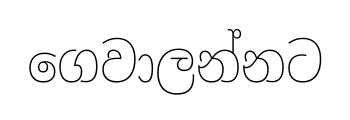
ගෙවාලන්නට